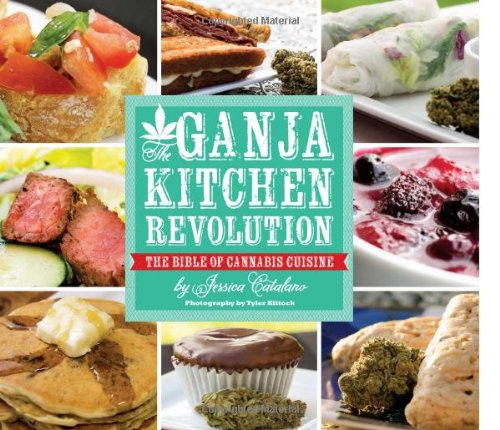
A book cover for The Ganja Kitchen Revolution: The Bible of Cannabis Cuisine; Jessica Catalano; Cookbooks, Food & Wine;